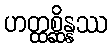
ဟတ္ထစ္ဆိန္နဿ